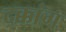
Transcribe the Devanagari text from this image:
दक्कांग